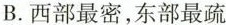
B.西部最密，东部最疏